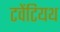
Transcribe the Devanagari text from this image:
टवेंटियथ